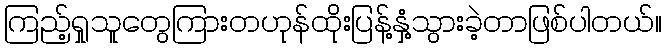
ကြည့်ရှုသူတွေကြားတဟုန်ထိုးပြန့်နှံ့သွားခဲ့တာဖြစ်ပါတယ်။